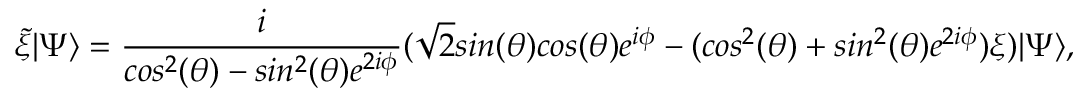
{ \widetilde \xi } | \Psi \rangle = \frac { i } { c o s ^ { 2 } ( \theta ) - s i n ^ { 2 } ( \theta ) e ^ { 2 i \phi } } ( \sqrt { 2 } s i n ( \theta ) c o s ( \theta ) e ^ { i \phi } - ( c o s ^ { 2 } ( \theta ) + s i n ^ { 2 } ( \theta ) e ^ { 2 i \phi } ) \xi ) | \Psi \rangle ,